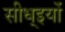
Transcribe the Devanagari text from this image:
सीध्इयों